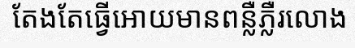
តែងតែធ្វើអោយមានពន្លឺភ្លឺរលោង